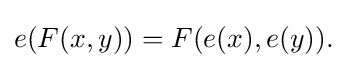
e(F(x,y))=F(e(x),e(y)).\